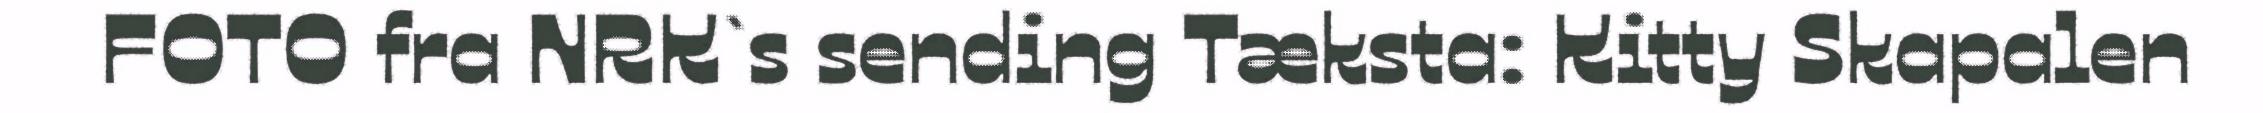
FOTO fra NRK`s sending Tæksta: Kitty Skapalen